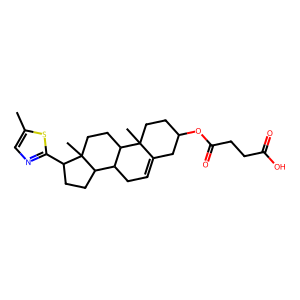
SMILES: Cc1cnc(C2CCC3C4CC=C5CC(OC(=O)CCC(=O)O)CCC5(C)C4CCC23C)s1
Inhibits HIV replication: No